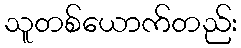
သူတစ်ယောက်တည်း